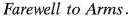
Farewell to Arms.